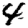
Digit: 4